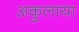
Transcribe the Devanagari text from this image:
अकुलाया